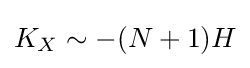
K_{X}\sim -(N+1)H